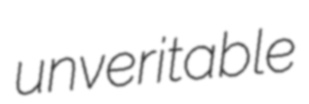
unveritable